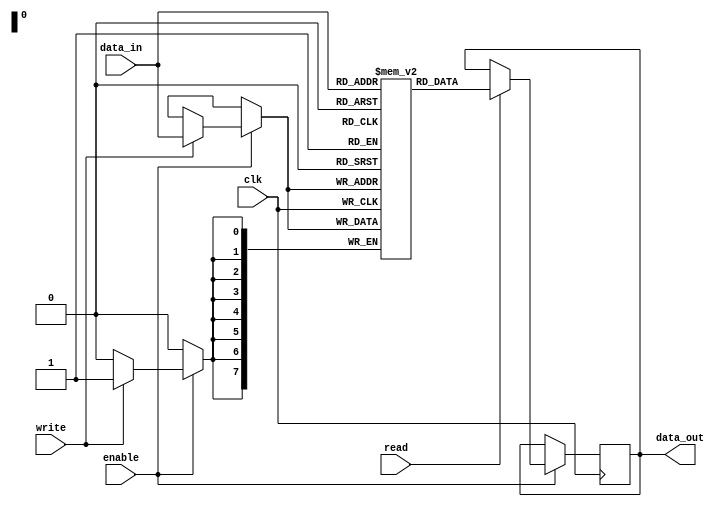
module memory_block (
    input wire clk,
    input wire enable,
    input wire [7:0] data_in,
    output reg [7:0] data_out,
    input wire read,
    input wire write
);
    reg [7:0] memory [0:255]; // 256 x 8-bit memory

    always @(posedge clk) begin
        if (enable) begin
            if (write) begin
                memory[data_in[7:0]] <= data_in; // Writing data
            end
            if (read) begin
                data_out <= memory[data_in[7:0]]; // Reading data
            end
        end
    end
endmodule